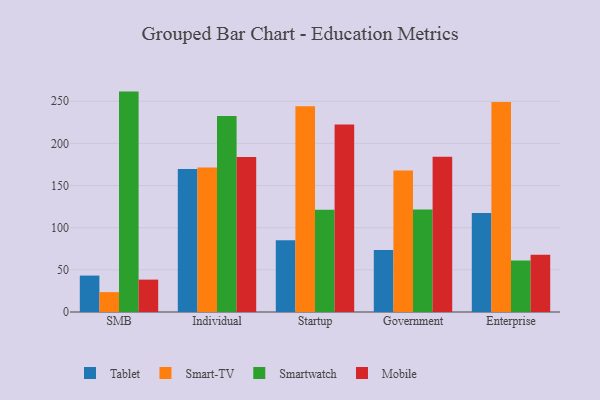
{"axis": {"x": "Segment", "y": "Operating Costs (USD K)"}, "legend": ["Mobile", "Smart-TV", "Smartwatch", "Tablet"], "data": [{"x": "SMB", "y": 43.2, "type": "Tablet"}, {"x": "SMB", "y": 23.6, "type": "Smart-TV"}, {"x": "SMB", "y": 261.4, "type": "Smartwatch"}, {"x": "SMB", "y": 38.4, "type": "Mobile"}, {"x": "Individual", "y": 169.7, "type": "Tablet"}, {"x": "Individual", "y": 171.4, "type": "Smart-TV"}, {"x": "Individual", "y": 232.4, "type": "Smartwatch"}, {"x": "Individual", "y": 183.9, "type": "Mobile"}, {"x": "Startup", "y": 85.1, "type": "Tablet"}, {"x": "Startup", "y": 243.9, "type": "Smart-TV"}, {"x": "Startup", "y": 121.3, "type": "Smartwatch"}, {"x": "Startup", "y": 222.4, "type": "Mobile"}, {"x": "Government", "y": 73.4, "type": "Tablet"}, {"x": "Government", "y": 167.9, "type": "Smart-TV"}, {"x": "Government", "y": 121.5, "type": "Smartwatch"}, {"x": "Government", "y": 184.0, "type": "Mobile"}, {"x": "Enterprise", "y": 117.5, "type": "Tablet"}, {"x": "Enterprise", "y": 249.2, "type": "Smart-TV"}, {"x": "Enterprise", "y": 61.2, "type": "Smartwatch"}, {"x": "Enterprise", "y": 67.9, "type": "Mobile"}]}